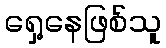
ရှေ့နေဖြစ်သူ